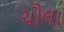
ચૌલા